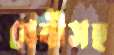
বেবীসহ